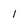
Character: i